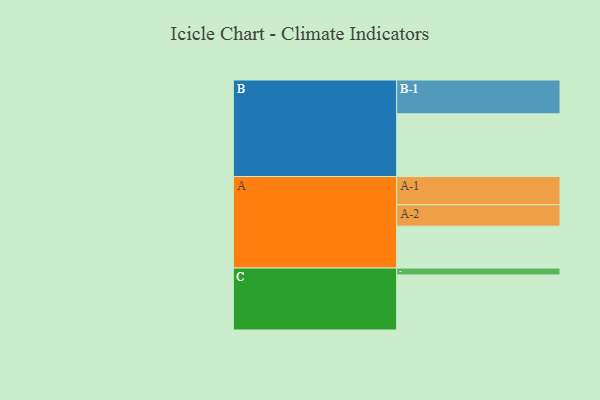
{"axis": {"x": "Segment", "y": "Value"}, "legend": ["", "A", "B", "C"], "data": [{"x": "A", "y": 340, "type": ""}, {"x": "B", "y": 509, "type": ""}, {"x": "C", "y": 447, "type": ""}, {"x": "A-1", "y": 229, "type": "A"}, {"x": "A-2", "y": 174, "type": "A"}, {"x": "B-1", "y": 275, "type": "B"}, {"x": "C-1", "y": 56, "type": "C"}]}